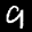
Label: 9